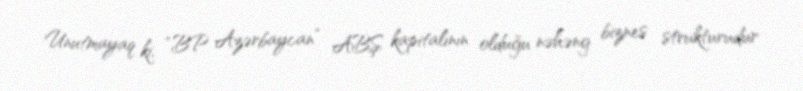
Unutmayaq ki, “BP Azərbaycan” ABŞ kapitalının olduğu nəhəng biznes strukturudur